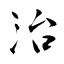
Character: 治